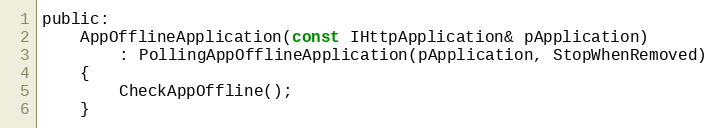
Language: C
public:
    AppOfflineApplication(const IHttpApplication& pApplication)
        : PollingAppOfflineApplication(pApplication, StopWhenRemoved)
    {
        CheckAppOffline();
    }